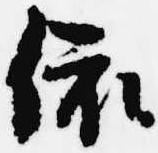
依